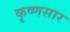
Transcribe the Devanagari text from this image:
कृष्णसार